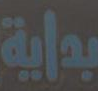
بداية